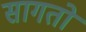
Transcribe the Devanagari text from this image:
सागतो